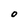
Character: O